King Institute of Preventive Medicine Micro-Biological Section reports 1912-19
Year: 1912
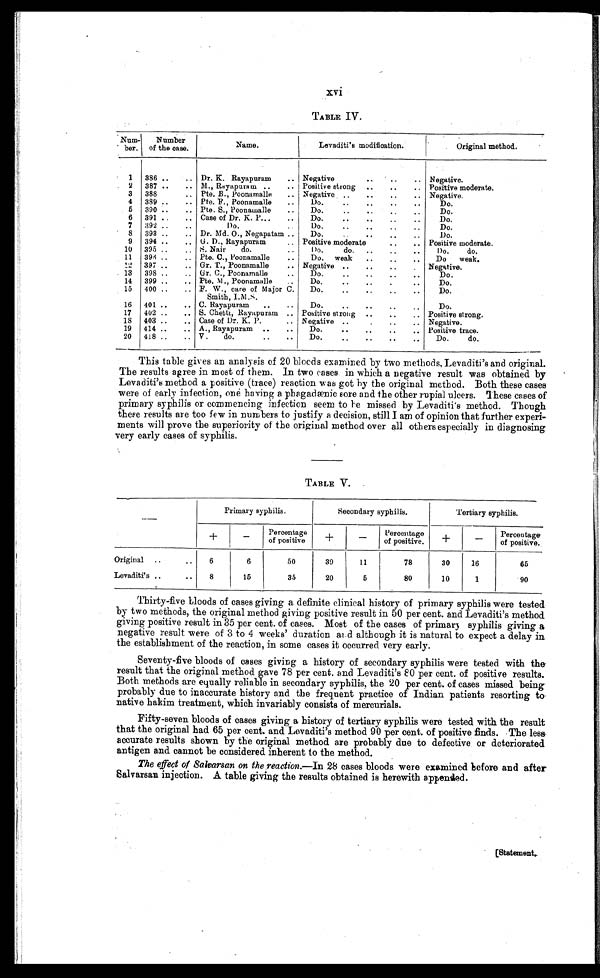
xvi
TABLE IV.
Num
-ber.
Number
of the case.
Name.
Levaditi's modification.
Original method.
1
386
Dr. K. Rayapuram
Negative
Negative.
2
387
M., Rayapuram
Positive strong
Positive moderate.
3
388
Pte. B., Poonamalle
Negative
Negative.
4
389
Pte. F., Poonamalle
Do.
Do.
5
390
Pte. S., Poonamalle
Do.
Do.
6
391
Case of Dr. K. P.
Do.
Do.
7
392
Do.
Do.
Do.
8
393
Dr. Md. O., Negapatam
Do.
Do.
9
394
G. D., Rayapuram
Positive moderate
Positive moderate.
10
395
S. Nair do.
Do. do.
Do. do.
11
396
Pte. C., Poonamalle
Do. weak
Do weak.
12
397
Gr. T., Poonamalle
Negative
Negative.
13
398
Gr. C., Poonamalle
Do.
Do.
14
399
Pte. M., Poonamalle
Do.
Do.
15
400
F. W., care of Major C.
Smith, I.M.S.
Do.
Do.
16
401
C. Rayapuram
Do.
Do.
17
402
S. Chetti, Rayapuram
Positive strong
Positive strong.
18 403
Case of Dr. K. P.
Negative
Negative.
19
414
A., Rayapuram
Do.
Positive trace.
20
418
V. do.
Do.
Do. do.
This table gives an analysis of 20 bloods examined by two methods, Levaditi's and original.
The results agree in most of them. In two cases in which a negative result was obtained by
Levaditi's method a positive (trace) reaction was got by the original method. Both these cases
were of early infection, one having a phagadænic sore and the other rupial ulcers. These cases of
primary syphilis or commencing infection seem to he missed by Levaditi's method. Though
these results are too few in numbers to justify a decision, still I am of opinion that further experi-
ments will prove the superiority of the original method over all others especially in diagnosing
very early cases of syphilis.
TABLE V.
—
Primary syphilis.
Secondary syphilis.
Tertiary syphilis.
+
−
Percentage
of positive
+
−
Percentage
of positive.
+
−
Percentage
of positive.
Original
6
6
50
39
11
78
30
16
65
Levaditi's
8
15
35
20
5
80
10
1
90
Thirty-five bloods of cases giving a definite clinical history of primary syphilis were tested
by two methods, the original method giving positive result in 50 per cent. and Levaditi's method
giving positive result in 35 per cent. of cases. Most of the cases of primary syphilis giving a
negative result were of 3 to 4 weeks' duration and although it is natural to expect a delay in
the establishment of the reaction, in some cases it occurred very early.
Seventy-five bloods of cases giving a history of secondary syphilis were tested with the
result that the original method gave 78 per cent. and Levaditi's 80 per cent. of positive results.
Both methods are equally reliable in secondary syphilis, the 20 per cent. of cases missed being
probably due to inaccurate history and the frequent practice of Indian patients resorting to
native hakim treatment, which invariably consists of mercurials.
Fifty-seven bloods of cases giving a history of tertiary syphilis were tested with the result
that the original had 65 per cent. and Levaditi's method 90 per cent. of positive finds. The less
accurate results shown by the original method are probably due to defective or deteriorated
antigen and cannot be considered inherent to the method.
The effect of Salvarsan on the reaction.—In 28 cases bloods were examined before and after
Salvarsan injection. A table giving the results obtained is herewith appended.
[Statement.